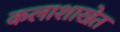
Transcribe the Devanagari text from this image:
कलाशाखेत